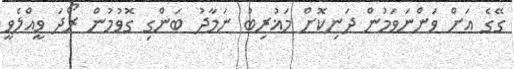
ގޭގެ އަށް ވަންނަވަމުން ދަނިކޮށް މަޣުރިބު ނަމާދު ބަންގި ގޮވުމުން ރޯދަ ވީއްލެވީ